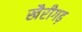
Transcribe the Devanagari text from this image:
खैरीगढ़